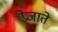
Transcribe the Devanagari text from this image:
प्रेजाते